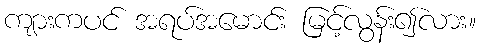
ကျားကပင် အရပ်အမောင်း မြင့်လွန်း၍လား။